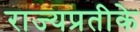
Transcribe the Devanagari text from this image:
राज्यप्रतीके